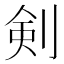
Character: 剣